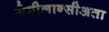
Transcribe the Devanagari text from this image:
सेमीलान्सीअता